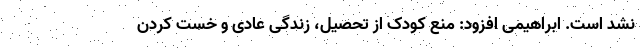
نشد است. ابراهیمی افزود: منع کودک از تحصیل، زندگی عادی و خست کردن